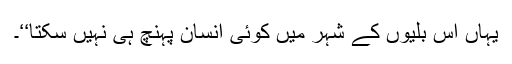
یہاں اس بلّیوں کے شہر میں کوئی انسان پہنچ ہی نہیں سکتا‘‘۔